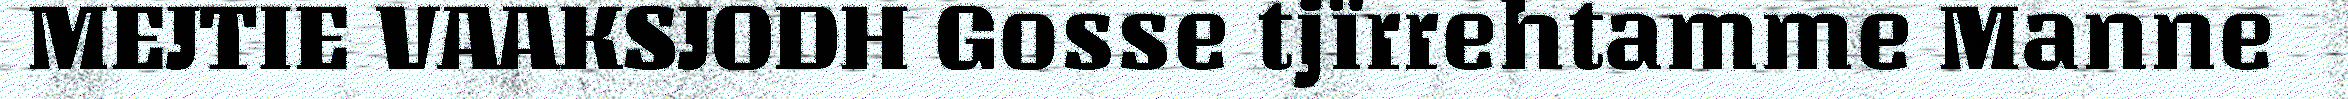
MEJTIE VAAKSJODH Gosse tjïrrehtamme Manne